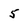
Character: 5